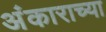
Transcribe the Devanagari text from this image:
अंकाराच्या